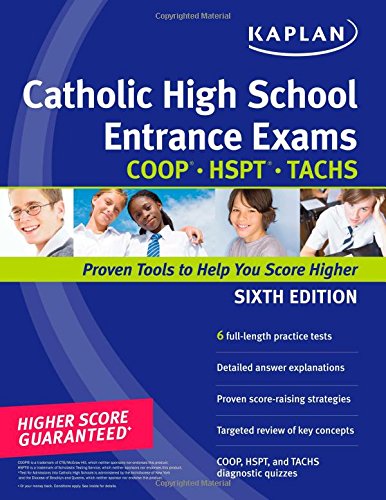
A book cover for Kaplan Catholic High School Entrance Exams: COOP * HSPT * TACHS (Kaplan Test Prep); Kaplan; Test Preparation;